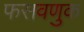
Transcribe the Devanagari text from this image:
फसवणुक